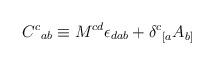
LaTeX: \begin{align*}{C^c}_{ab} \equiv M^{cd}\epsilon_{dab} + {\delta^c}_{[a}A_{b]}\end{align*}